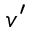
v ^ { \prime }